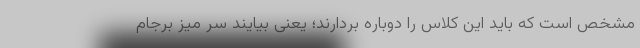
مشخص است که باید این کلاس را دوباره بردارند؛ یعنی بیایند سر میز برجام